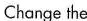
Change the